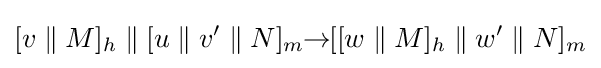
[v\;\|\;M]_{h}\;\|\;[u\;\|\;v'\;\|\;N]_{m}\!\!\rightarrow \!\![[w\;\|\;M]_{h}\;\|\;w'\;\|\;N]_{m}